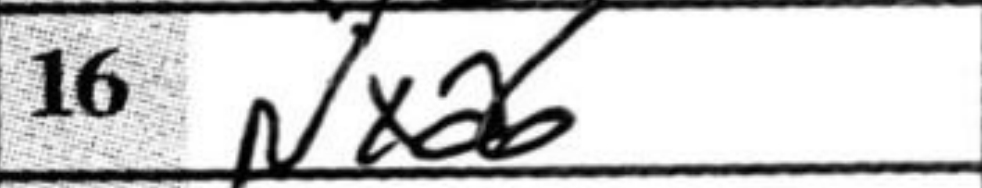
Transcription: Nxa6